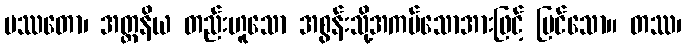
ပဿတော၊ အတ္တနိယ တည်းဟူသော အစွန်းသို့အကပ်သောအားဖြင့် မြင်သော။ တဿ၊